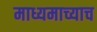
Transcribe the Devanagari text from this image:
माध्यमाच्याच